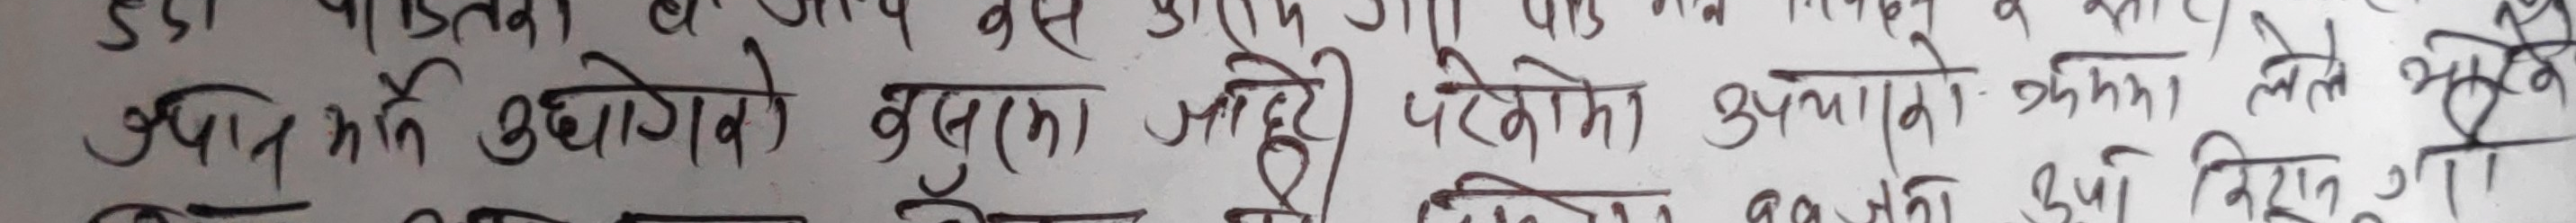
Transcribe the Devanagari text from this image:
उपनिषद् औद्वालो बुद्धिको अधूरी पेटिको उपयोगाने क्रमश: लेते आहे।